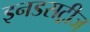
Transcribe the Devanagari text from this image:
इनडसट्रीज